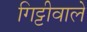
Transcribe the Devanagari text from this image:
गिट्टीवाले